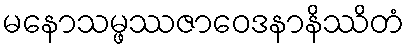
မနောသမ္ဖဿဇာဝေဒနာနိဿိတံ